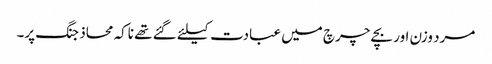
مرد وزن اور بچے چرچ میں عبادت کیلئے گئے تھے ناکہ محاذ جنگ پر۔